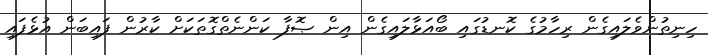
ހިނިތުންވެލައިގެން ރިހާމުގެ ކޮނޑުގައި ބޯއަޅާލައިގެން އިން ޞޮފާ ކަންނެތްގޮތަކަށް ކާރުން ފައިބަން އުޅެފައި